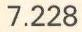
7.228